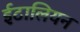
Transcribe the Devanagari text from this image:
ईटालियन